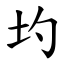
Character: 圴